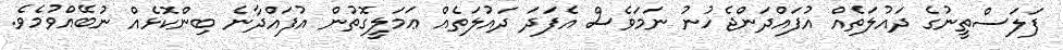
ފަލަސްތީނުގެ ދައުލަތެއް އުފައްދަންޖެހުނު ނަމަވެސް އެފަދަ ދައުލަތެއް ޢަމަލީގޮތުން އުފައްދާނެ ބިންކޮޅެއް ނުބޭއްވުމެވެ.